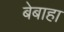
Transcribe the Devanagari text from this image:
बेबाहा